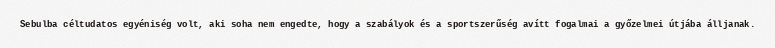
Sebulba céltudatos egyéniség volt, aki soha nem engedte, hogy a szabályok és a sportszerűség avítt fogalmai a győzelmei útjába álljanak.